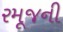
રમૂજની